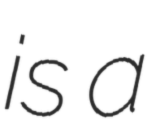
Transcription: is a